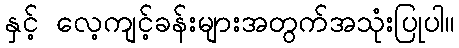
နှင့် လေ့ကျင့်ခန်းများအတွက်အသုံးပြုပါ။